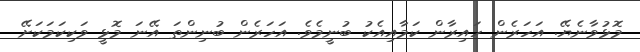
މޮޅުވާނެޔޭ. އަހަރެން ހައިރާން ކަމާއިއެކު ބުނީމެވެ. އަހަރެން ބުނިންތަ އޭނަ މޮޅީ ވަކިކަމަކަށޭ